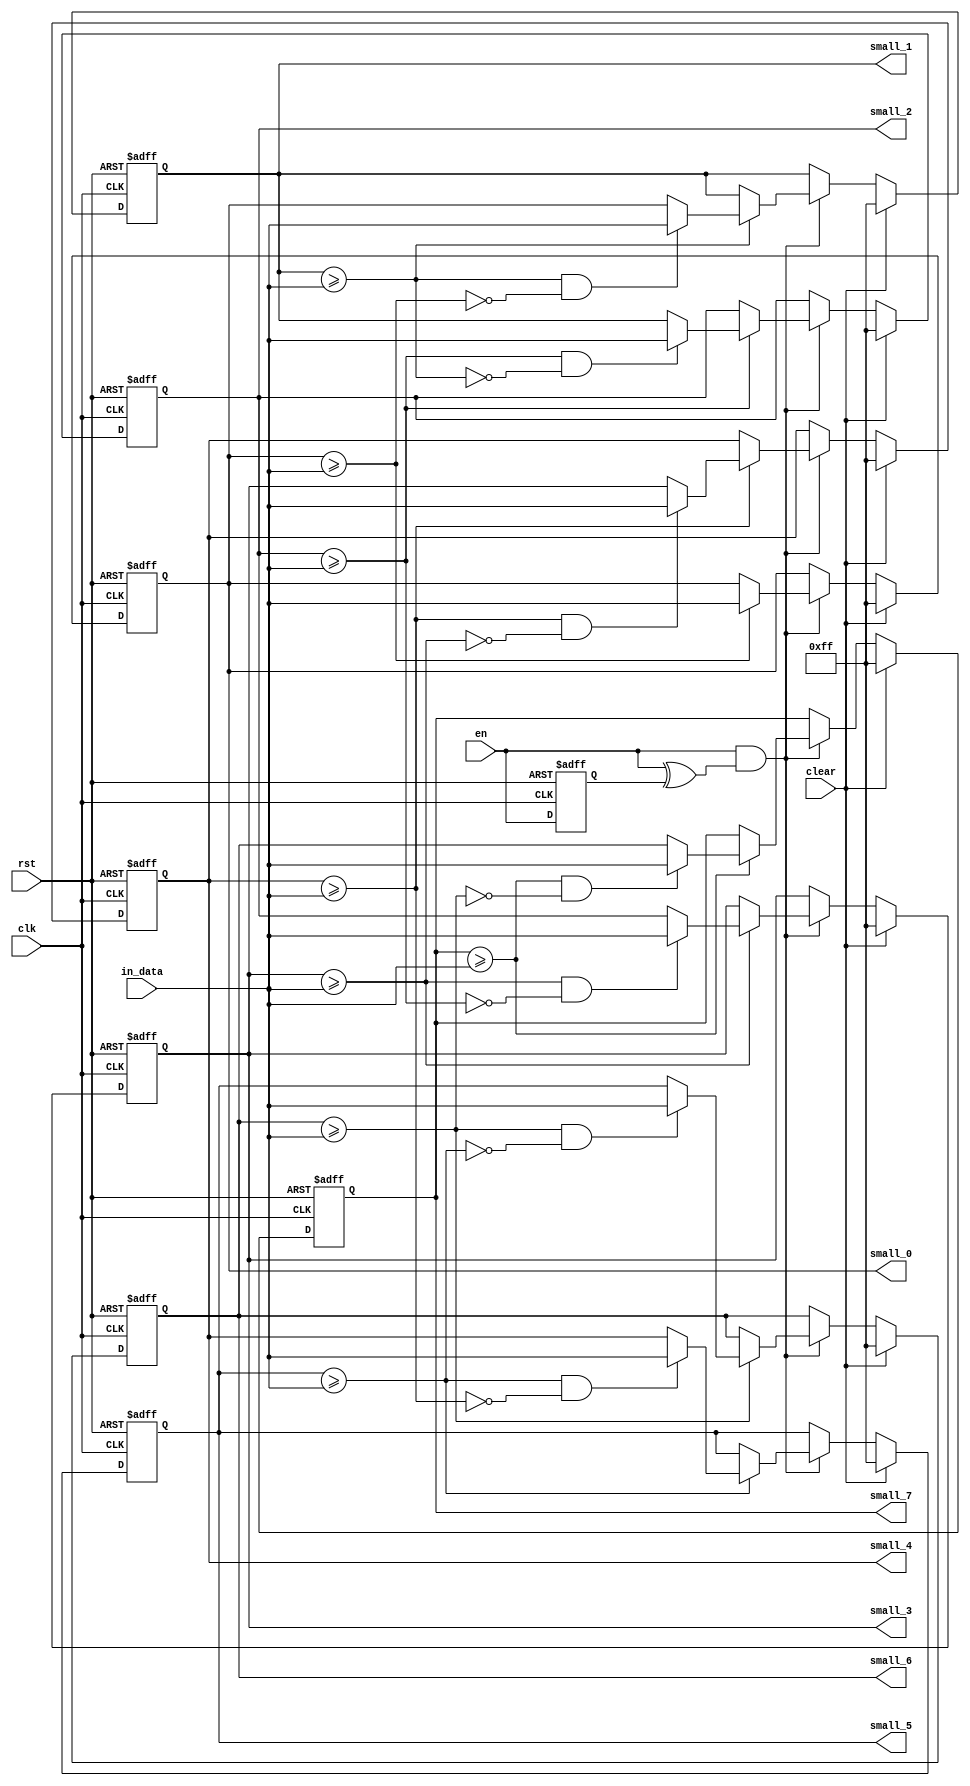

module Sort (
    input clk,
    input rst,
    input en,
    input clear,
    input [7:0] in_data,    //8 data
    output [7:0] small_0,
    output [7:0] small_1,
    output [7:0] small_2,
    output [7:0] small_3,
    output [7:0] small_4,
    output [7:0] small_5,
    output [7:0] small_6,       //at cycle 9 output 8 in_data sort result 
    output [7:0] small_7
    //output out_valid
);
    //reg [3:0] cnt;
    reg [7:0] larger_equal_than; // (buff larger eqaual than in_data)       // initial all 1      
    reg [7:0] buffer [0:7];
    reg en_reg;

    integer i1 ,i2 ,i3;

    always @(posedge clk or negedge rst) begin
        if (~rst) begin
            //cnt <= 4'd0;

            for ( i1=0 ; i1 <8 ; i1=i1+1 ) begin
                buffer[i1] <= 8'd255;
            end
            en_reg<=1'b0;
        end
        else begin      //ov will out sat
            //cnt <= (cnt < 4'd8) ? cnt + 4'd1 : 4'd8;
            if (clear) begin
                for ( i1=0 ; i1 <8 ; i1=i1+1 ) begin
                    buffer[i1] <= 8'd255;
                end
            end
            else if ((en && (en^en_reg))) begin
                //[0]
                buffer[0] <= (larger_equal_than[0]) ? in_data : buffer[0] ;
                //[1~7]
                for ( i3=1 ; i3 <8 ; i3=i3+1 ) begin
                    buffer[i3] <= (~larger_equal_than[i3]) ? buffer[i3] : (larger_equal_than[i3] && ~larger_equal_than[i3-1]) ? in_data : buffer[i3-1] ;
                end   
            end
            //else keep result until rst
            en_reg <= en ; 
        end
    end

    always @(*) begin
        for ( i2=0 ; i2<8 ; i2=i2+1 ) begin
            larger_equal_than [i2] = buffer [i2] >= in_data;               
        end
    end

    assign small_0 = buffer[0];
    assign small_1 = buffer[1];
    assign small_2 = buffer[2];
    assign small_3 = buffer[3];
    assign small_4 = buffer[4];
    assign small_5 = buffer[5];
    assign small_6 = buffer[6];
    assign small_7 = buffer[7];

    //assign out_valid = cnt==4'd8 ;

endmodule